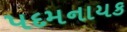
પદમનાયક